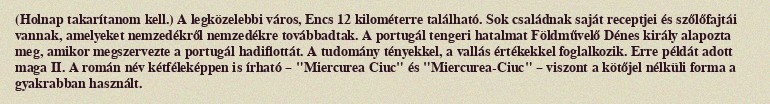
(Holnap takarítanom kell.) A legközelebbi város, Encs 12 kilométerre található. Sok családnak saját receptjei és szőlőfajtái vannak, amelyeket nemzedékről nemzedékre továbbadtak. A portugál tengeri hatalmat Földművelő Dénes király alapozta meg, amikor megszervezte a portugál hadiflottát. A tudomány tényekkel, a vallás értékekkel foglalkozik. Erre példát adott maga II. A román név kétféleképpen is írható – "Miercurea Ciuc" és "Miercurea-Ciuc" – viszont a kötőjel nélküli forma a gyakrabban használt.